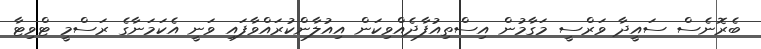
ބެރޮނެސް ސައީދާ ވަރްސީ މަގާމުން އިސްތިއުފާދެއްވިކަން އިއުލާންކުރައްވާފައި ވަނީ އެކަމަނާގެ ރަސްމީ ޓްވިޓާ